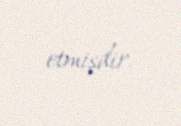
etmişdir.